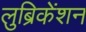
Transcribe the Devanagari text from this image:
लुब्रिकेंशन